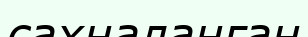
сахналанған